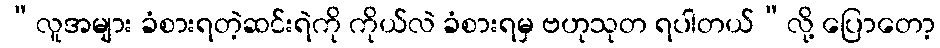
“လူအများ ခံစားရတဲ့ဆင်းရဲကို ကိုယ်လဲ ခံစားရမှ ဗဟုသုတ ရပါတယ်”လို့ ပြောတော့